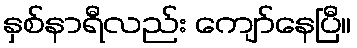
နှစ်နာရီလည်း ကျော်နေပြီ။